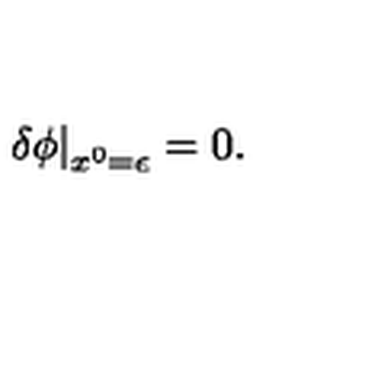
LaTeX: \left. \delta \phi \right| _ { x ^ { 0 } = \epsilon } = 0 .